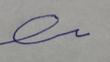
Signature authenticity: forged